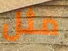
مثل